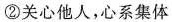
②关心他人，心系集体